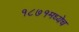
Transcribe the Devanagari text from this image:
१८७१मध्येच